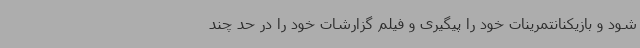
شود و بازیکنانتمرینات خود را پیگیری و فیلم گزارشات خود را در حد چند